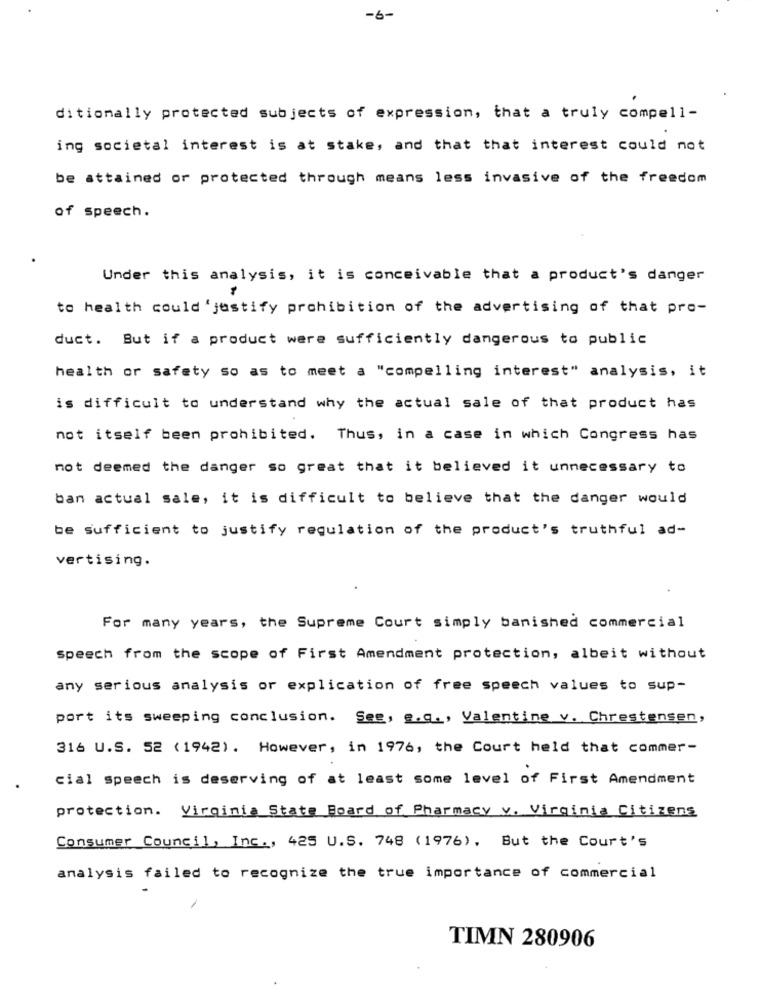
-6-
ditionally protected subjects of expression, that a truly compell-
ing societal interest is at stake, and that that interest could not
be attained or protected through means less invasive of the freedom
of speech.
Under this analysis, it is conceivable that a product's danger
to health could 'justify prohibition of the advertising of that pro-
duct. But if a product were sufficiently dangerous to public
health or safety so as to meet a "compelling interest" analysis, it
is difficult to understand why the actual sale of that product has
not itself been prohibited. Thus, in a case in which Congress has
not deemed the danger so great that it believed it unnecessary to
ban actual sale, it is difficult to believe that the danger would
be sufficient to justify regulation of the product's truthful ad-
vertising.
For many years, the Supreme Court simply banished commercial
Speech from the scope of First Amendment protection, albeit without
any serious analysis or explication of free speech values to sup-
port its sweeping conclusion. See, g.q ., Valentine v. Chrestensen,
316 U.S. 52 (1942). However, in 1976, the Court held that commer-
cial speech is deserving of at least some level of First Amendment
protection. Virginia State Board of Pharmacy y. Virginia Citizens
Consumer Council, Inc ., 425 U.S. 748 (1976), But the Court's
analysis failed to recognize the true importance of commercial
TIMN 280906